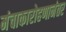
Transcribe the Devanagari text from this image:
मंचाकारोहणानंतर